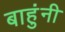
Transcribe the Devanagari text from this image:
बाहुंनी